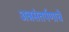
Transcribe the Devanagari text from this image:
अन्नसंतर्पणाचे